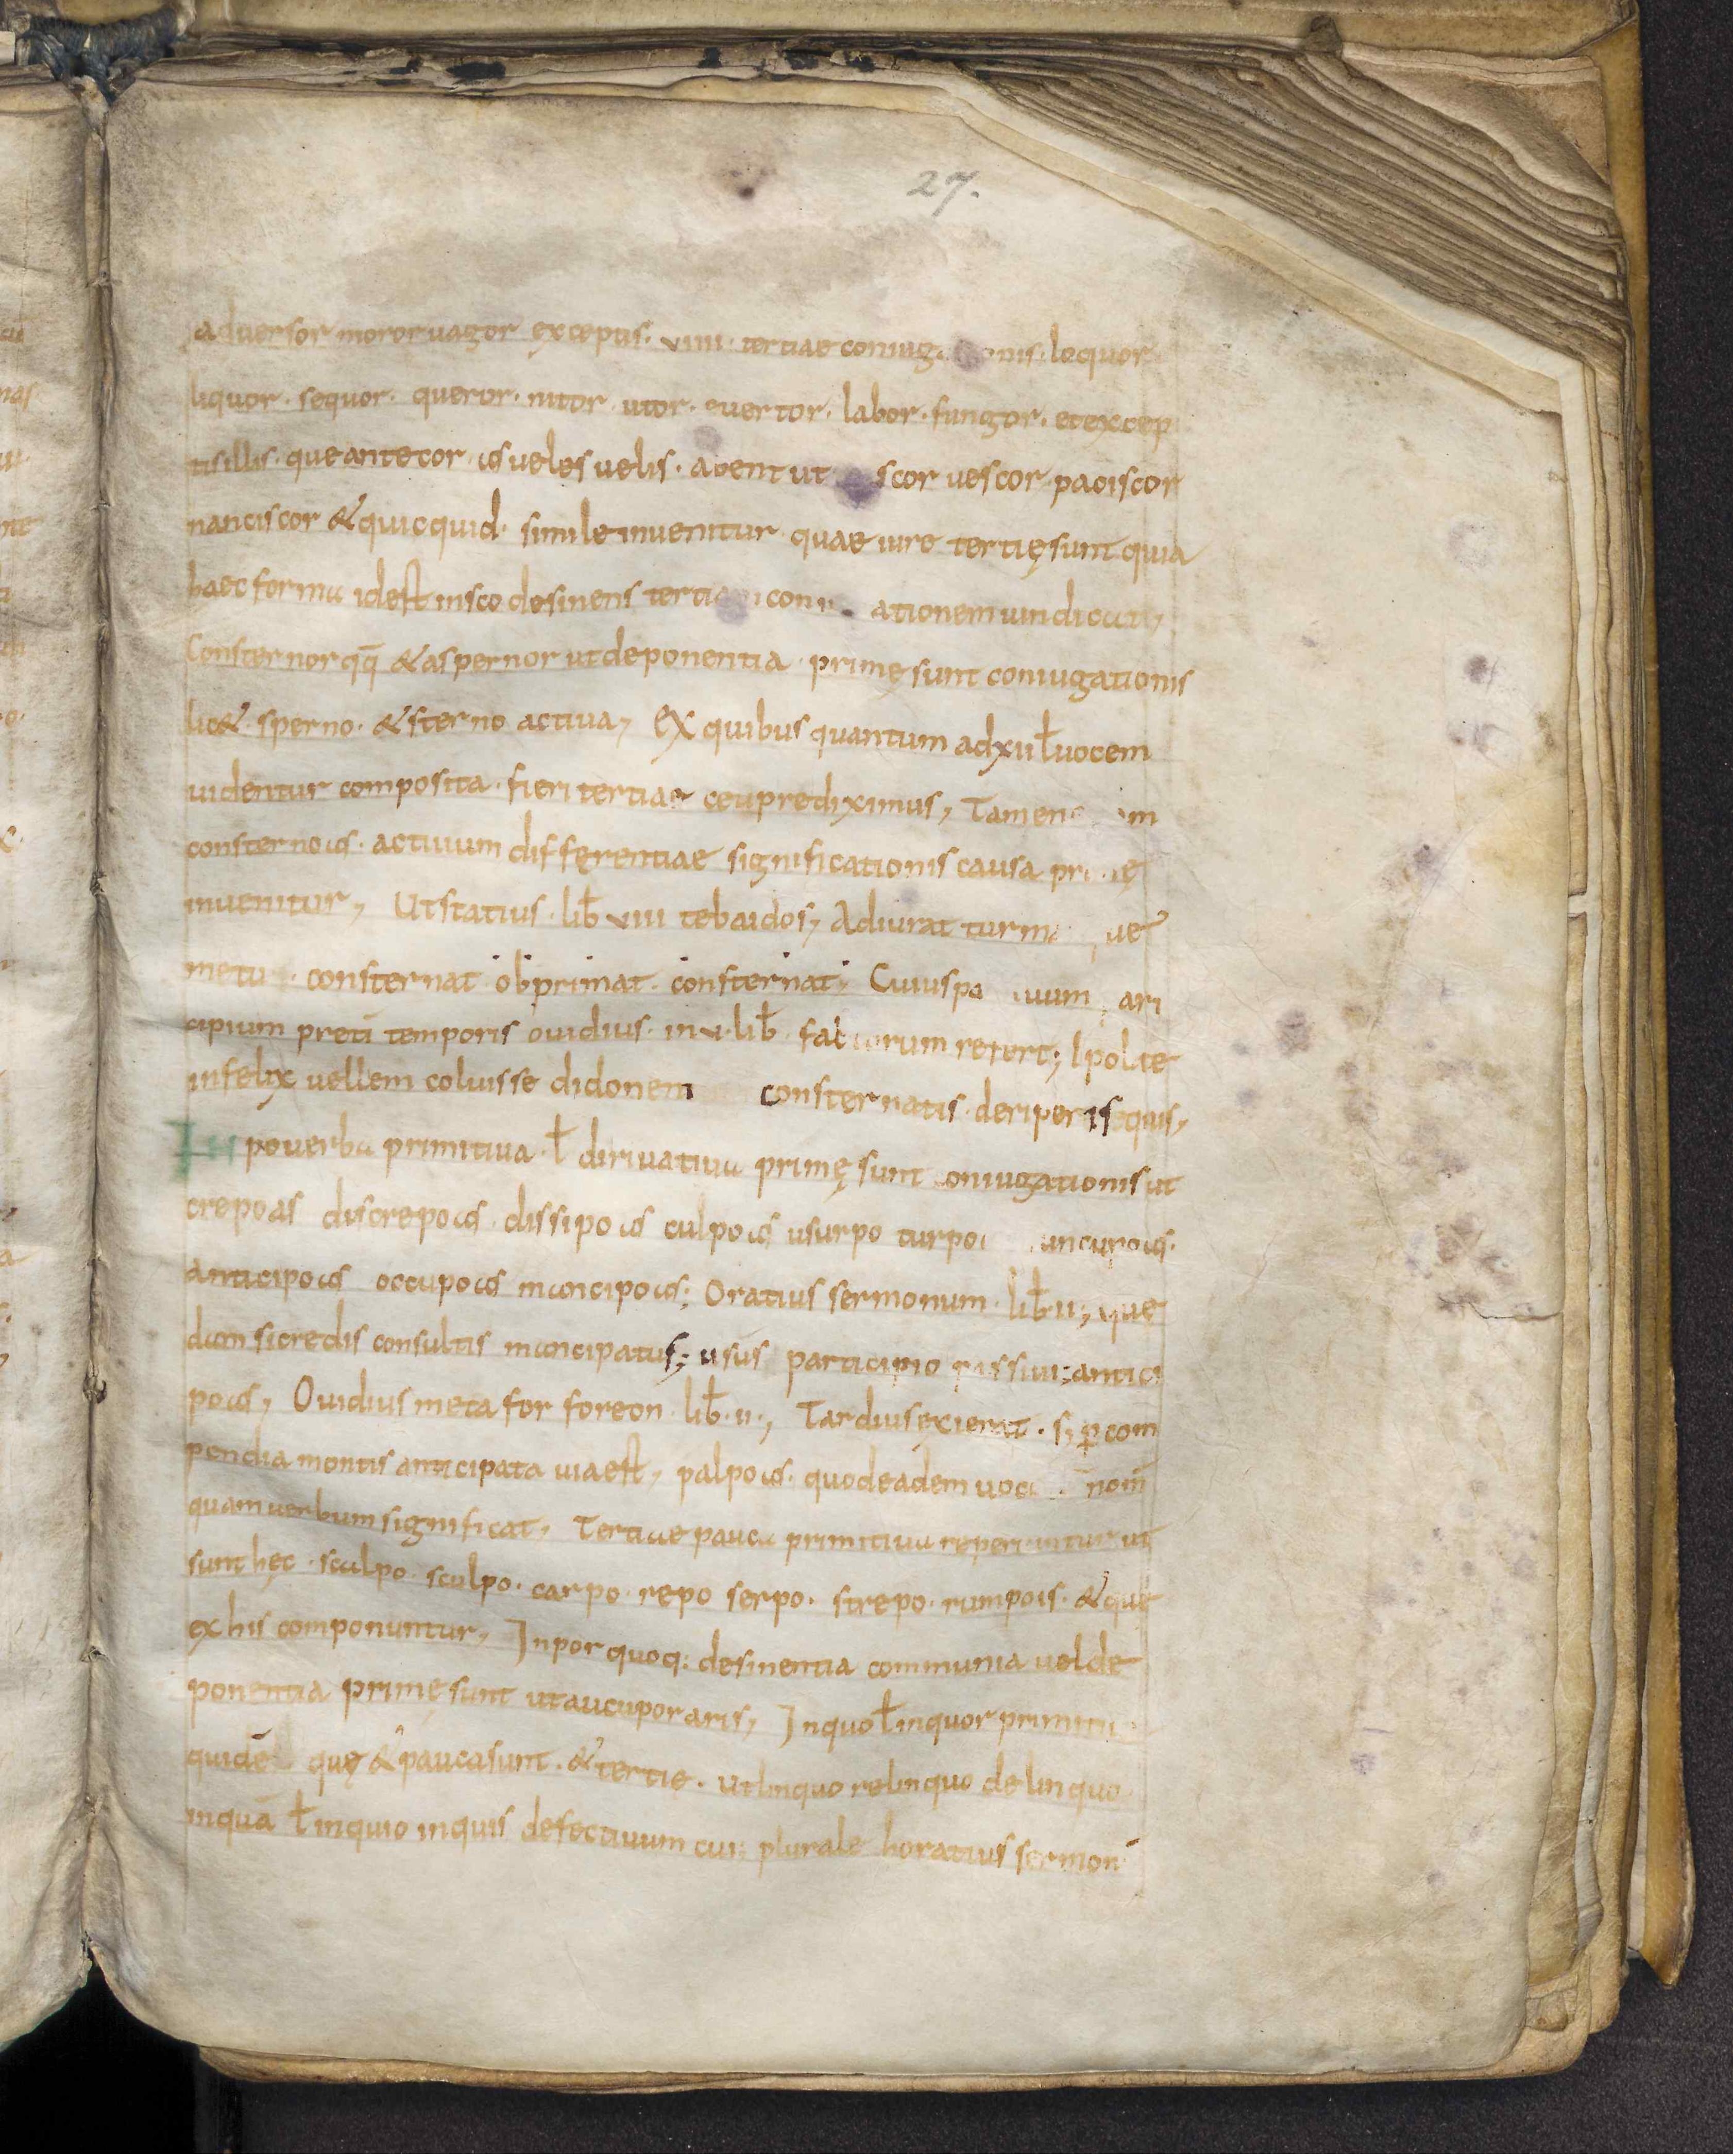
Shelfmark: Leiden, Bibliotheek der Rijksuniversiteit, Voss. Lat. O 41
Century: 9